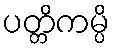
ပတ္တိကမ္ပိ